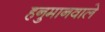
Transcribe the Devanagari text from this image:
हनुमानवाले